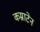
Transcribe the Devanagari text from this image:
कम्राटेन